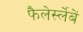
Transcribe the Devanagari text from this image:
फैलेर्स्लेबें